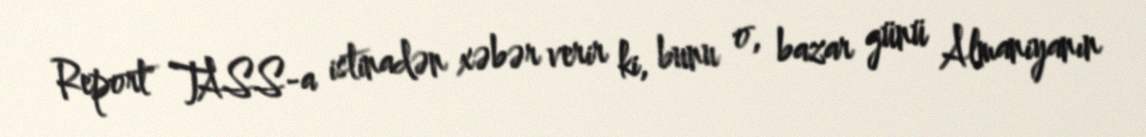
Report" TASS-a istinadən xəbər verir ki, bunu o, bazar günü Almaniyanın